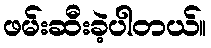
ဖမ်းဆီးခဲ့ပါတယ်။